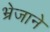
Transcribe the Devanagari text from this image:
भ्रेजाने